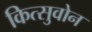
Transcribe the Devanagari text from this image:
कित्सुवोन